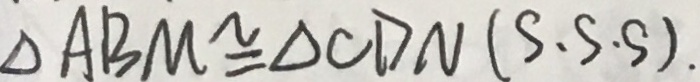
\Delta A B M \cong \Delta C D N ( S . S . S ) .